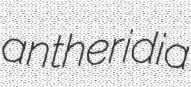
antheridia